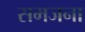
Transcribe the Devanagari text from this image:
समजना